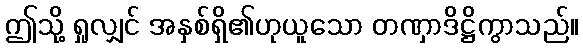
ဤသို့ ရှုလျှင် အနှစ်ရှိ၏ဟုယူသော တဏှာဒိဋ္ဌိကွာသည်။